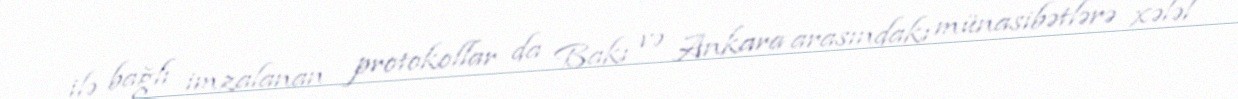
ilə bağlı imzalanan protokollar da Bakı və Ankara arasındakı münasibətlərə xələl